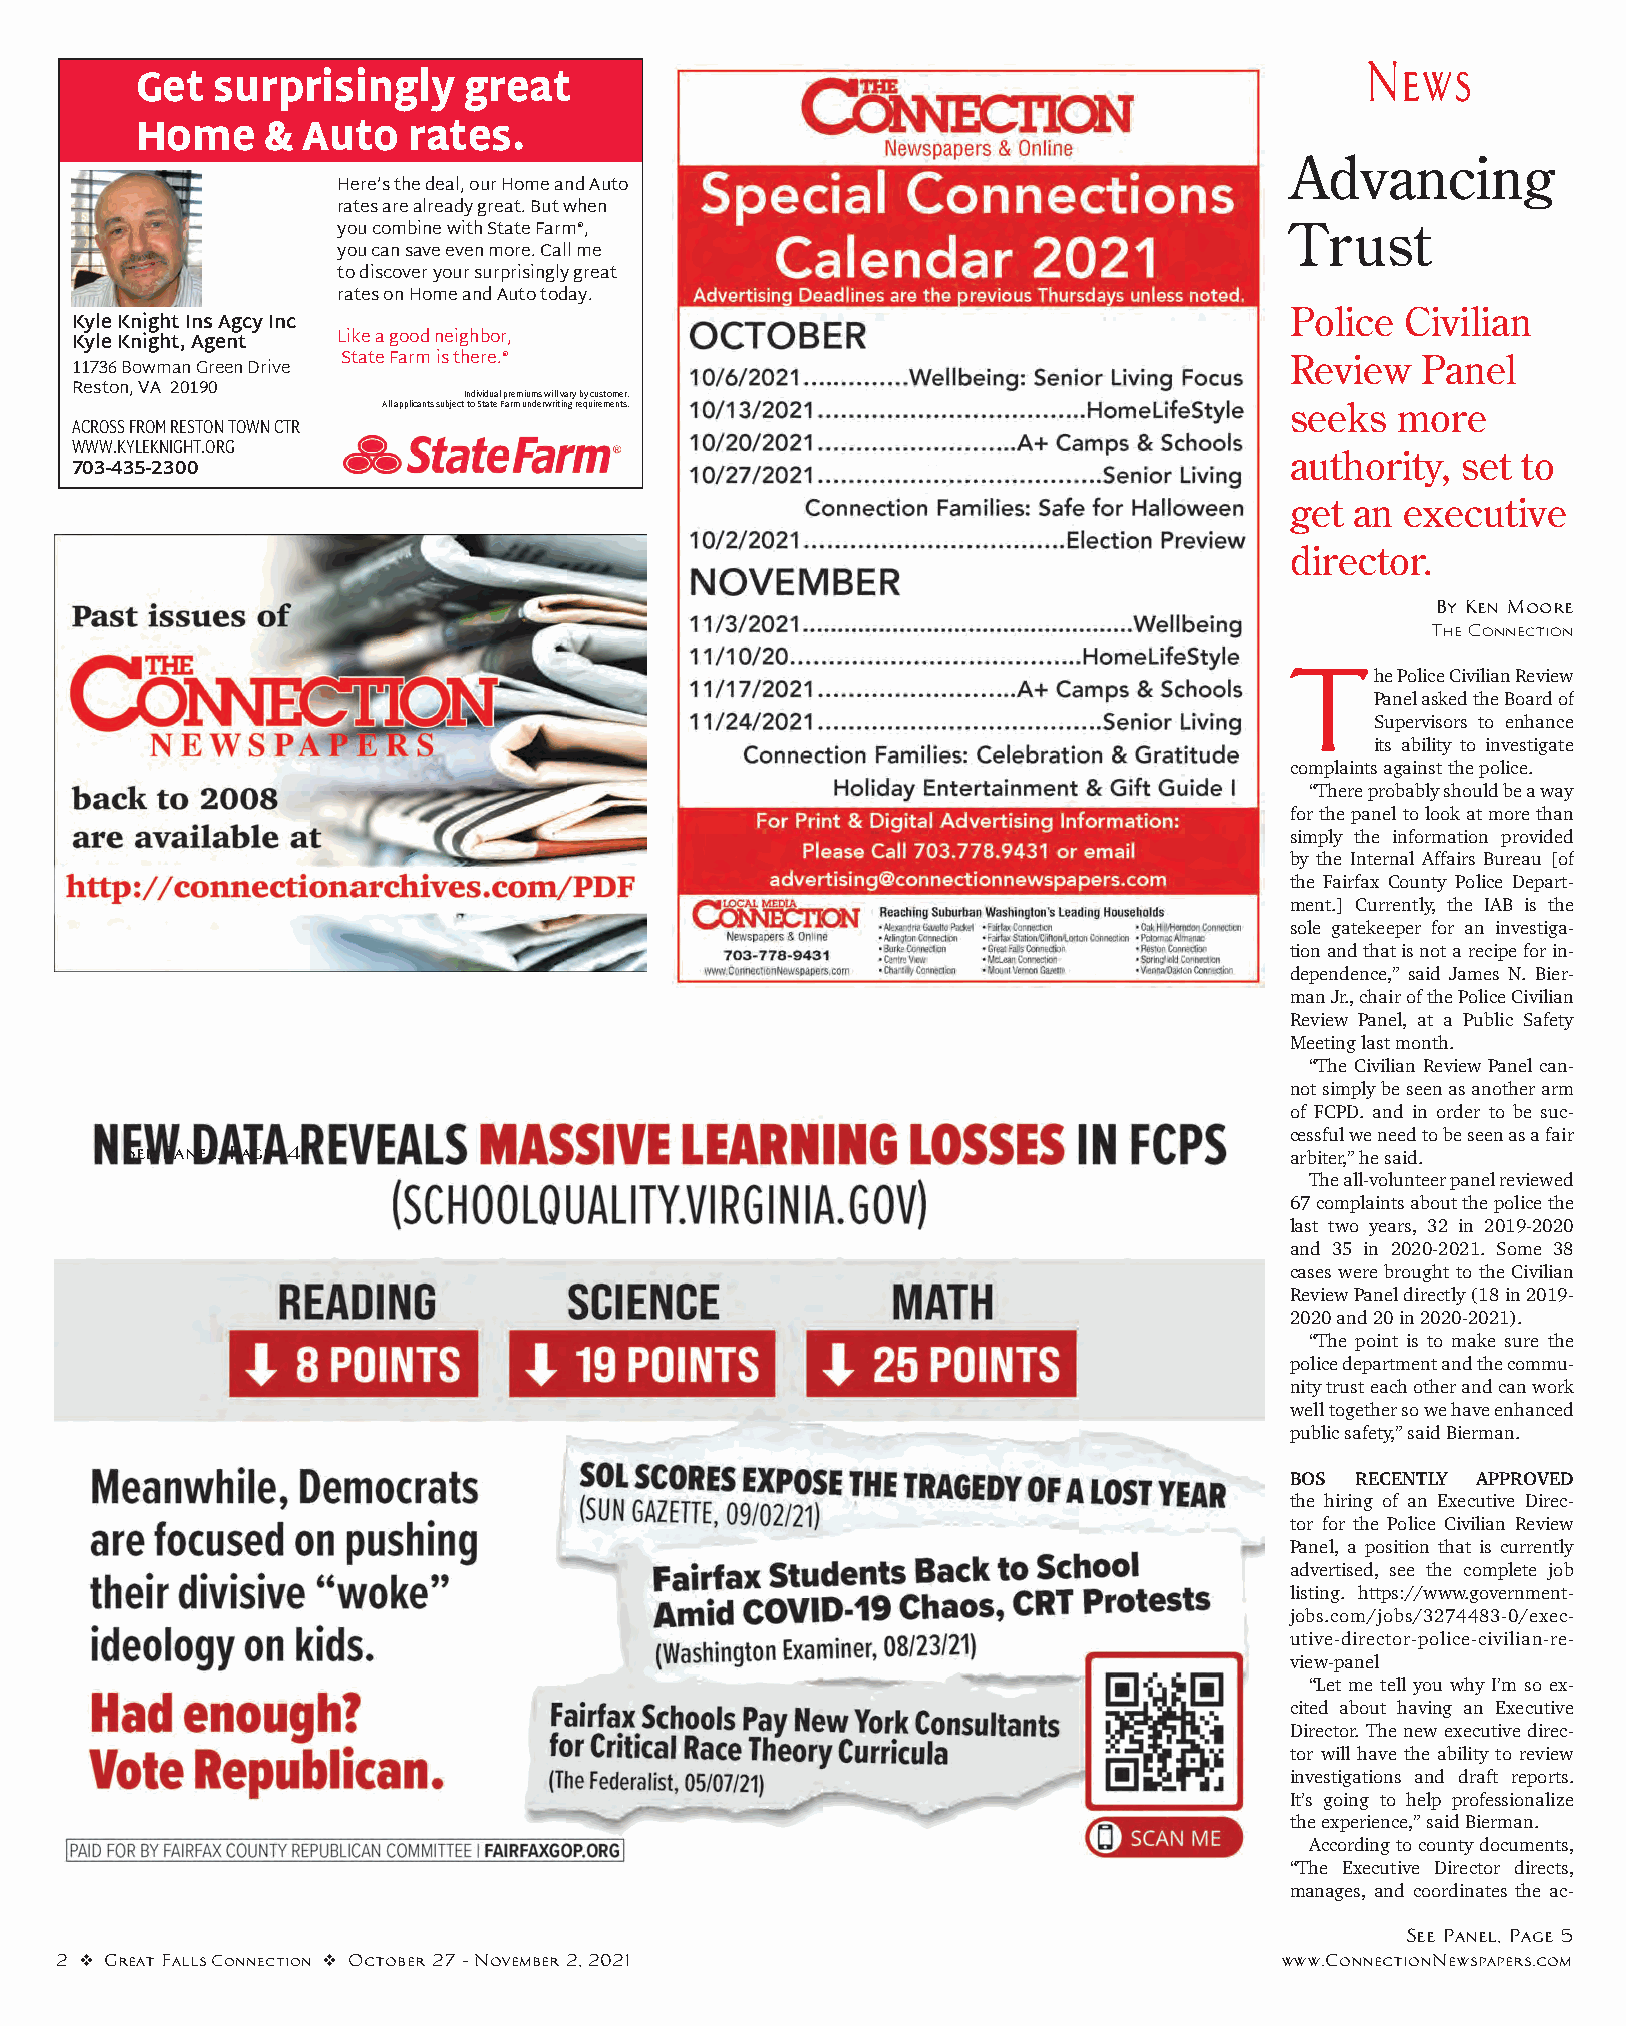
News
 Get  surprisingly     great
 Home     & Auto   rates.
 Advancing
 Here’s the deal, our Home and Auto
 rates are already great. But when
 you combine with State Farm®,                                  Trust
 you can save even more. Call me
 to discover your surprisingly great
 rates on Home and Auto today.
 Police  Civilian
 Kyle Knight Ins Agcy Inc
 Like a good neighbor,
 Kyle Knight, Agent
 State Farm is there.®                                         Review   Panel
 11736 Bowman Green Drive
 Reston, VA 20190
 Individual premiums will vary by customer.
 All applicants subject to State Farm underwriting requirements. seeks more
 ACROSS FROM RESTON TOWN CTR
 WWW.KYLEKNIGHT.ORG                                                              authority,  set to
 703-435-2300
 get  an executive
 director.
 By Ken Moore
 The Connection
 T
 he Police Civilian Review
 Panel asked the Board of
 Supervisors to enhance
 its ability to investigate
 complaints against the police.
 “There probably should be a way
 for the panel to look at more than
 simply the information provided
 by the Internal Affairs Bureau [of
 the Fairfax County Police Depart-
 ment.] Currently, the IAB is the
 sole gatekeeper for an investiga-
 tion and that is not a recipe for in-
 dependence,” said James N. Bier-
 man Jr., chair of the Police Civilian
 Review Panel, at a Public Safety
 Meeting last month.
 “The Civilian Review Panel can-
 not simply be seen as another arm
 of FCPD. and in order to be suc-
 cessful we need to be seen as a fair
 See Panel, Page 14
 arbiter,” he said.
 The all-volunteer panel reviewed
 67 complaints about the police the
 last two years, 32 in 2019-2020
 and 35 in 2020-2021. Some 38
 cases were brought to the Civilian
 Review Panel directly (18 in 2019-
 2020 and 20 in 2020-2021).
 “The point is to make sure the
 police department and the commu-
 nity trust each other and can work
 well together so we have enhanced
 public safety,” said Bierman.
 BOS  RECENTLY APPROVED
 the hiring of an Executive Direc-
 tor for the Police Civilian Review
 Panel, a position that is currently
 advertised, see the complete job
 listing. https://www.government-
 jobs.com/jobs/3274483-0/exec-
 utive-director-police-civilian-re-
 view-panel
 “Let me tell you why I’m so ex-
 cited about having an Executive
 Director. The new executive direc-
 tor will have the ability to review
 investigations and draft reports.
 It’s going to help professionalize
 the experience,” said Bierman.
 According to county documents,
 “The Executive Director directs,
 manages, and coordinates the ac-
 See Panel, Page 5
 2 v Great Falls Connection v October 27 - November 2, 2021                       www.ConnectionNewspapers.com